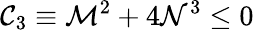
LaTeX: {\cal{C}}_{3}\equiv{\cal{M}}^{2}+4{\cal{N}}^{3}\le 0